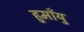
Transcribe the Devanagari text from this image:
हुमाँयु